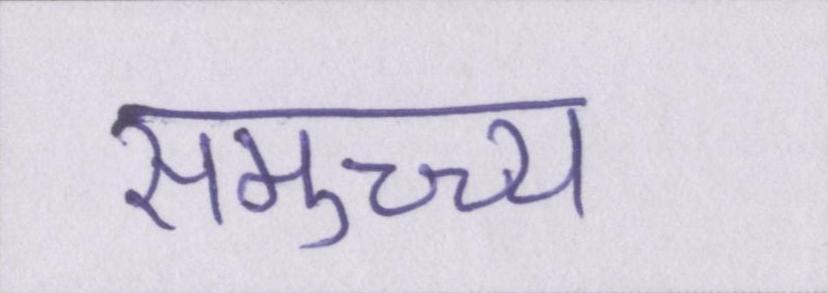
समुच्च्य